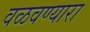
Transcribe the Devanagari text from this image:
वळवण्यारा